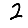
Digit: 2